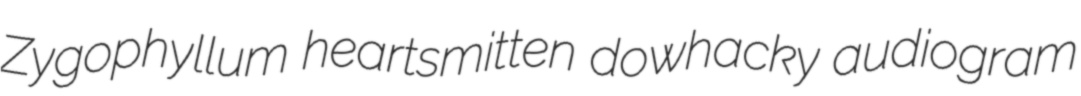
Zygophyllum heartsmitten dowhacky audiogram